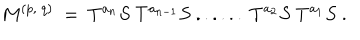
LaTeX: M ^ { ( p , ~ q ) } ~ = ~ T ^ { a _ { n } } S ~ T ^ { a _ { n - 1 } } S ~ . . . . . . ~ T ^ { a _ { 2 } } S ~ T ^ { a _ { 1 } } S ~ .